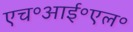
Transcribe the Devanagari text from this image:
एच॰आई॰एल॰